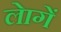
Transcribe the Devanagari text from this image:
लेागें